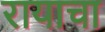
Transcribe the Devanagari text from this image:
रायाचा